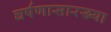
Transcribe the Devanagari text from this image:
घर्षणासारख्या